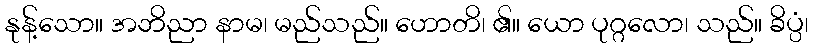
နုန့်သော။ အဘိညာ နာမ၊ မည်သည်။ ဟောတိ၊ ၏။ ယော ပုဂ္ဂလော၊ သည်။ ခိပ္ပံ၊